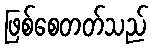
ဖြစ်စေတတ်သည်